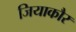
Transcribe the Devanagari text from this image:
जियाकौर